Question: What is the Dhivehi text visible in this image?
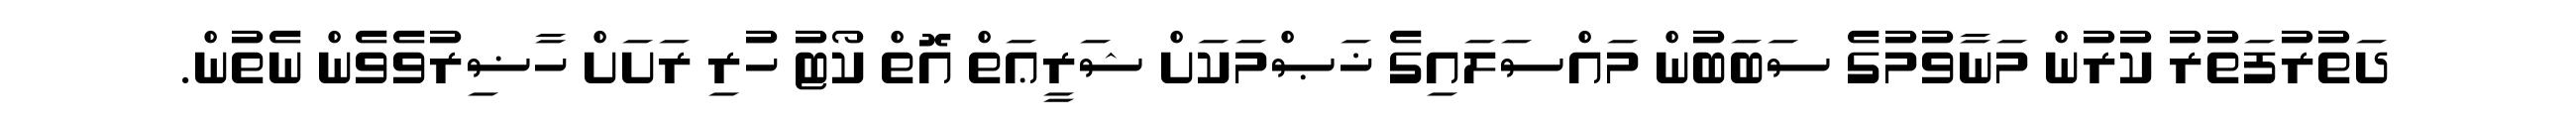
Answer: ދަތުރުފަތުރު ކުރުން މަނާވުމުގެ ސަބަބުން މައްސަލައިގެ ޚަޞްމަކަށް ޝަރީޢަތް އޮތް ކޯޓު ހުރި ރަށަށް ހާޟިރުވެވެން ނެތުން.